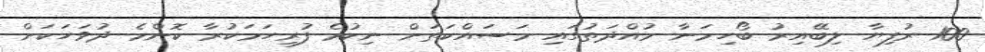
100 ރުފިޔާ ލިބޭއިރު ބޯހިމަނާ މުއްދަތުގައި މަސައްކަތަށް ނިކުމެ ފުރިހަމަކުރާ ކޮންމެ ދުވަހަކަށް